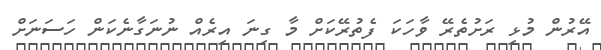
އޭރުން މުޅި ރަށުތެރޭ ވާހަކަ ފެތުރޭކަށް މާ ގިނަ އިރެއް ނުނަގާނެކަން ހަސަނަށް